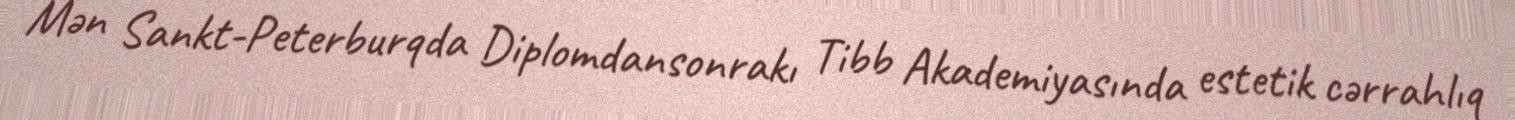
Mən Sankt-Peterburqda Diplomdansonrakı Tibb Akademiyasında estetik cərrahlıq